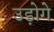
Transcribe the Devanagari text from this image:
उड़ोगे